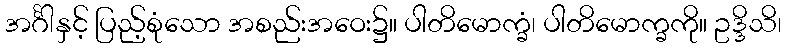
အင်္ဂါနှင့် ပြည့်စုံသော အစည်းအဝေး၌။ ပါတိမောက္ခံ၊ ပါတိမောက္ခကို။ ဥဒ္ဒိသိ၊